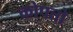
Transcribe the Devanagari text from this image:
कोपतो